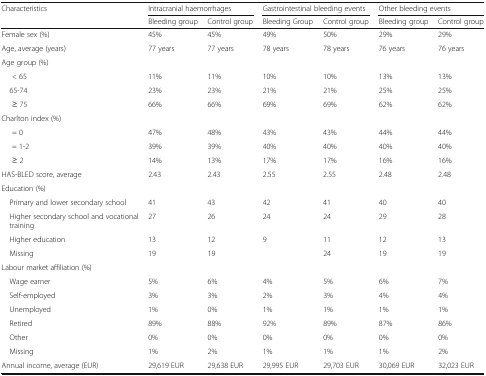
<table><thead><tr><td rowspan="2"><b>Characteristics</b></td><td colspan="2"><b>Intracranial haemorrhages</b></td><td colspan="2"><b>Gastrointestinal bleeding events</b></td><td colspan="2"><b>Other bleeding events</b></td></tr><tr><td><b>Bleeding group</b></td><td><b>Control group</b></td><td><b>Bleeding Group</b></td><td><b>Control group</b></td><td><b>Bleeding group</b></td><td><b>Control group</b></td></tr></thead><tbody><tr><td>Female sex (%)</td><td>45%</td><td>45%</td><td>49%</td><td>50%</td><td>29%</td><td>29%</td></tr><tr><td>Age, average (years)</td><td>77 years</td><td>77 years</td><td>78 years</td><td>78 years</td><td>76 years</td><td>76 years</td></tr><tr><td colspan="7">Age group (%)</td></tr><tr><td>&lt; 65</td><td>11%</td><td>11%</td><td>10%</td><td>10%</td><td>13%</td><td>13%</td></tr><tr><td> 65-74</td><td>23%</td><td>23%</td><td>21%</td><td>21%</td><td>25%</td><td>25%</td></tr><tr><td>≥ 75</td><td>66%</td><td>66%</td><td>69%</td><td>69%</td><td>62%</td><td>62%</td></tr><tr><td colspan="7">Charlton index (%)</td></tr><tr><td>= 0</td><td>47%</td><td>48%</td><td>43%</td><td>43%</td><td>44%</td><td>44%</td></tr><tr><td>= 1-2</td><td>39%</td><td>39%</td><td>40%</td><td>40%</td><td>40%</td><td>40%</td></tr><tr><td>≥ 2</td><td>14%</td><td>13%</td><td>17%</td><td>17%</td><td>16%</td><td>16%</td></tr><tr><td>HAS-BLED score, average</td><td>2.43</td><td>2.43</td><td>2.55</td><td>2.55</td><td>2.48</td><td>2.48</td></tr><tr><td colspan="7">Education (%)</td></tr><tr><td> Primary and lower secondary school</td><td>41</td><td>43</td><td>42</td><td>41</td><td>40</td><td>40</td></tr><tr><td> Higher secondary school and vocational training</td><td>27</td><td>26</td><td>24</td><td>24</td><td>29</td><td>28</td></tr><tr><td> Higher education</td><td>13</td><td>12</td><td>9</td><td>11</td><td>12</td><td>13</td></tr><tr><td> Missing</td><td>19</td><td>19</td><td>[EMPTY_CELL]</td><td>24</td><td>19</td><td>19</td></tr><tr><td colspan="7">Labour market affiliation (%)</td></tr><tr><td> Wage earner</td><td>5%</td><td>6%</td><td>4%</td><td>5%</td><td>6%</td><td>7%</td></tr><tr><td> Self-employed</td><td>3%</td><td>3%</td><td>2%</td><td>3%</td><td>4%</td><td>4%</td></tr><tr><td> Unemployed</td><td>1%</td><td>0%</td><td>1%</td><td>1%</td><td>1%</td><td>1%</td></tr><tr><td> Retired</td><td>89%</td><td>88%</td><td>92%</td><td>89%</td><td>87%</td><td>86%</td></tr><tr><td> Other</td><td>0%</td><td>0%</td><td>0%</td><td>0%</td><td>0%</td><td>0%</td></tr><tr><td> Missing</td><td>1%</td><td>2%</td><td>1%</td><td>1%</td><td>1%</td><td>2%</td></tr><tr><td>Annual income, average (EUR)</td><td>29,619 EUR</td><td>29,638 EUR</td><td>29,995 EUR</td><td>29,703 EUR</td><td>30,069 EUR</td><td>32,023 EUR</td></tr></tbody></table>